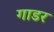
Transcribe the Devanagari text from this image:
गाडर